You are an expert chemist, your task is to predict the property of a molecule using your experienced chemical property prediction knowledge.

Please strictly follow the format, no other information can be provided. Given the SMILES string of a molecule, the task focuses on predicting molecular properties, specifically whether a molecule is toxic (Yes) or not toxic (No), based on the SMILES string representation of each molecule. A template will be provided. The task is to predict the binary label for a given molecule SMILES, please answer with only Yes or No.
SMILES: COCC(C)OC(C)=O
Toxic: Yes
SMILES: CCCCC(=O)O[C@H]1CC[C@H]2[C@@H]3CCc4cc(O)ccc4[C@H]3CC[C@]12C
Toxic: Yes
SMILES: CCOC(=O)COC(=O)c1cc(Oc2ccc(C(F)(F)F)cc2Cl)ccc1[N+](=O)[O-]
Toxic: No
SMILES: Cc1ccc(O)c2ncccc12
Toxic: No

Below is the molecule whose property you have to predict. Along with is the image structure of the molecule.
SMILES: COc1cc(CC#N)cc(OC)c1OC
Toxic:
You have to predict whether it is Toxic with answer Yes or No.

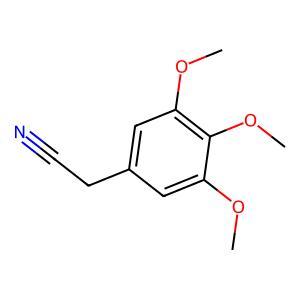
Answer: No